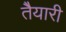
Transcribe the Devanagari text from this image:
तैेयारी